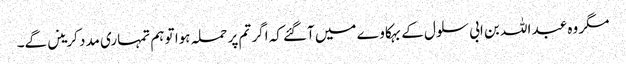
مگر وہ عبد اللہ بن ابی سلول کے بہکا وے میں آگئے کہ اگر تم پر حملہ ہوا تو ہم تمہاری مدد کرینں گے۔